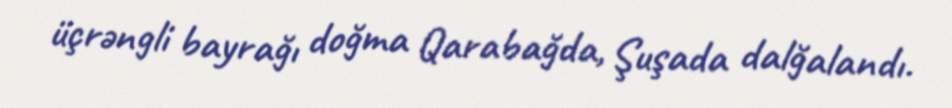
üçrəngli bayrağı doğma Qarabağda, Şuşada dalğalandı.